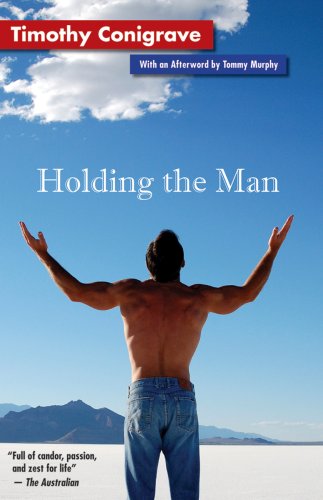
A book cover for Holding the Man; Timothy Conigrave; Biographies & Memoirs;